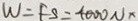
W = F S = 4 0 0 0 N x